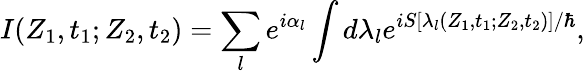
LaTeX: I(Z_{1},t_{1};Z_{2},t_{2})=\sum_{l}e^{i\alpha_{l}}\int d\lambda_{l}e^{iS[\lambda_{l}(Z_{1},t_{1};Z_{2},t_{2})]/\hbar},